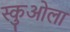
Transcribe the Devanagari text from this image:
स्कुओला